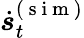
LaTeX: \dot{\boldsymbol{s}}_{t}^{(\mathrm{~s~i~m~})}